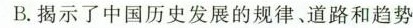
B.揭示了中国历史发展的规律、道路和趋势